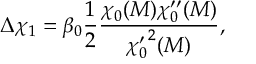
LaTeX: \Delta \chi _ { 1 } = \beta _ { 0 } { \frac { 1 } { 2 } } { \frac { \chi _ { 0 } ( M ) \chi _ { 0 } ^ { \prime \prime } ( M ) } { { \chi _ { 0 } ^ { \prime } } ^ { 2 } ( M ) } } ,